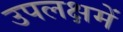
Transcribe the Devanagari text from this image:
उपलक्षमें